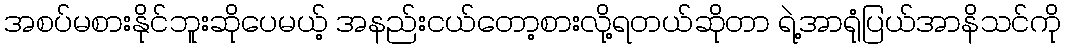
အစပ်မစားနိုင်ဘူးဆိုပေမယ့် အနည်းငယ်တော့စားလို့ရတယ်ဆိုတာ ရဲ့အာရုံပြယ်အာနိသင်ကို